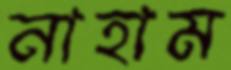
নাহাম